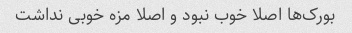
بورک‌ها اصلا خوب نبود و اصلا مزه خوبی نداشت